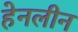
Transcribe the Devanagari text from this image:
हेनलीन